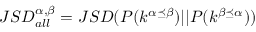
\displaystyle J S D _ { a l l } ^ { \alpha , \beta } = J S D ( P ( k ^ { \alpha \preceq \beta } ) | | P ( k ^ { \beta \preceq \alpha } ) )